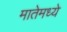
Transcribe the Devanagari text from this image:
मातेमध्ये